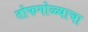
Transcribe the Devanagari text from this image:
तोफगोळ्याचा